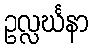
ဥလ္လင်္ဃနာ